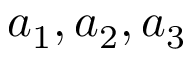
a _ { 1 } , a _ { 2 } , a _ { 3 }